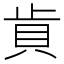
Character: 𰶵